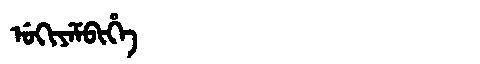
Manchu: ᡠᡴᡳᠶᡝᠮᠪᡳᡥᡝ
Romanization: UKIYEMBIHE